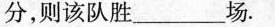
分，则该队胜___场。